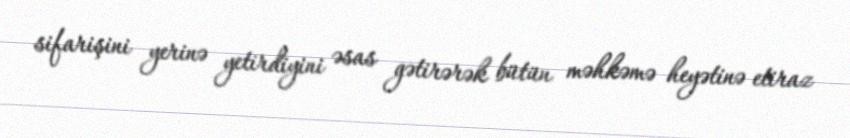
sifarişini yerinə yetirdiyini əsas gətirərək bütün məhkəmə heyətinə etiraz